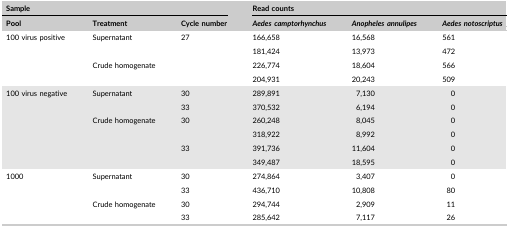
| <COLSPAN=3> Sample | <COLSPAN=3> Read counts |
 | Pool | Treatment | Cycle number | Aedes camptorhynchus | Anopheles annulipes | Aedes notoscriptus |
 | --- | --- | --- | --- | --- | --- |
 | <ROWSPAN=4> 100 virus positive | <ROWSPAN=2> Supernatant | <ROWSPAN=4> 27 | 166,658 | 16,568 | 561 |
 | 181,424 | 13,973 | 472 |
 | <ROWSPAN=2> Crude homogenate | 226,774 | 18,604 | 566 |
 | 204,931 | 20,243 | 509 |
 | <ROWSPAN=6> 100 virus negative | <ROWSPAN=2> Supernatant | 30 | 289,891 | 7,130 | 0 |
 | 33 | 370,532 | 6,194 | 0 |
 | <ROWSPAN=4> Crude homogenate | <ROWSPAN=2> 30 | 260,248 | 8,045 | 0 |
 | 318,922 | 8,992 | 0 |
 | <ROWSPAN=2> 33 | 391,736 | 11,604 | 0 |
 | 349,487 | 18,595 | 0 |
 | <ROWSPAN=4> 1000 | <ROWSPAN=2> Supernatant | 30 | 274,864 | 3,407 | 0 |
 | 33 | 436,710 | 10,808 | 80 |
 | <ROWSPAN=2> Crude homogenate | 30 | 294,744 | 2,909 | 11 |
 | 33 | 285,642 | 7,117 | 26 |